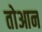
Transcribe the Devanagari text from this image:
तोआन